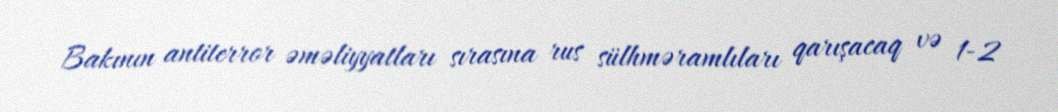
Bakının antiterror əməliyyatları sırasına rus sülhməramlıları qarışacaq və 1-2